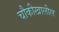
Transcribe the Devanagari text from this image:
चौकीखालील